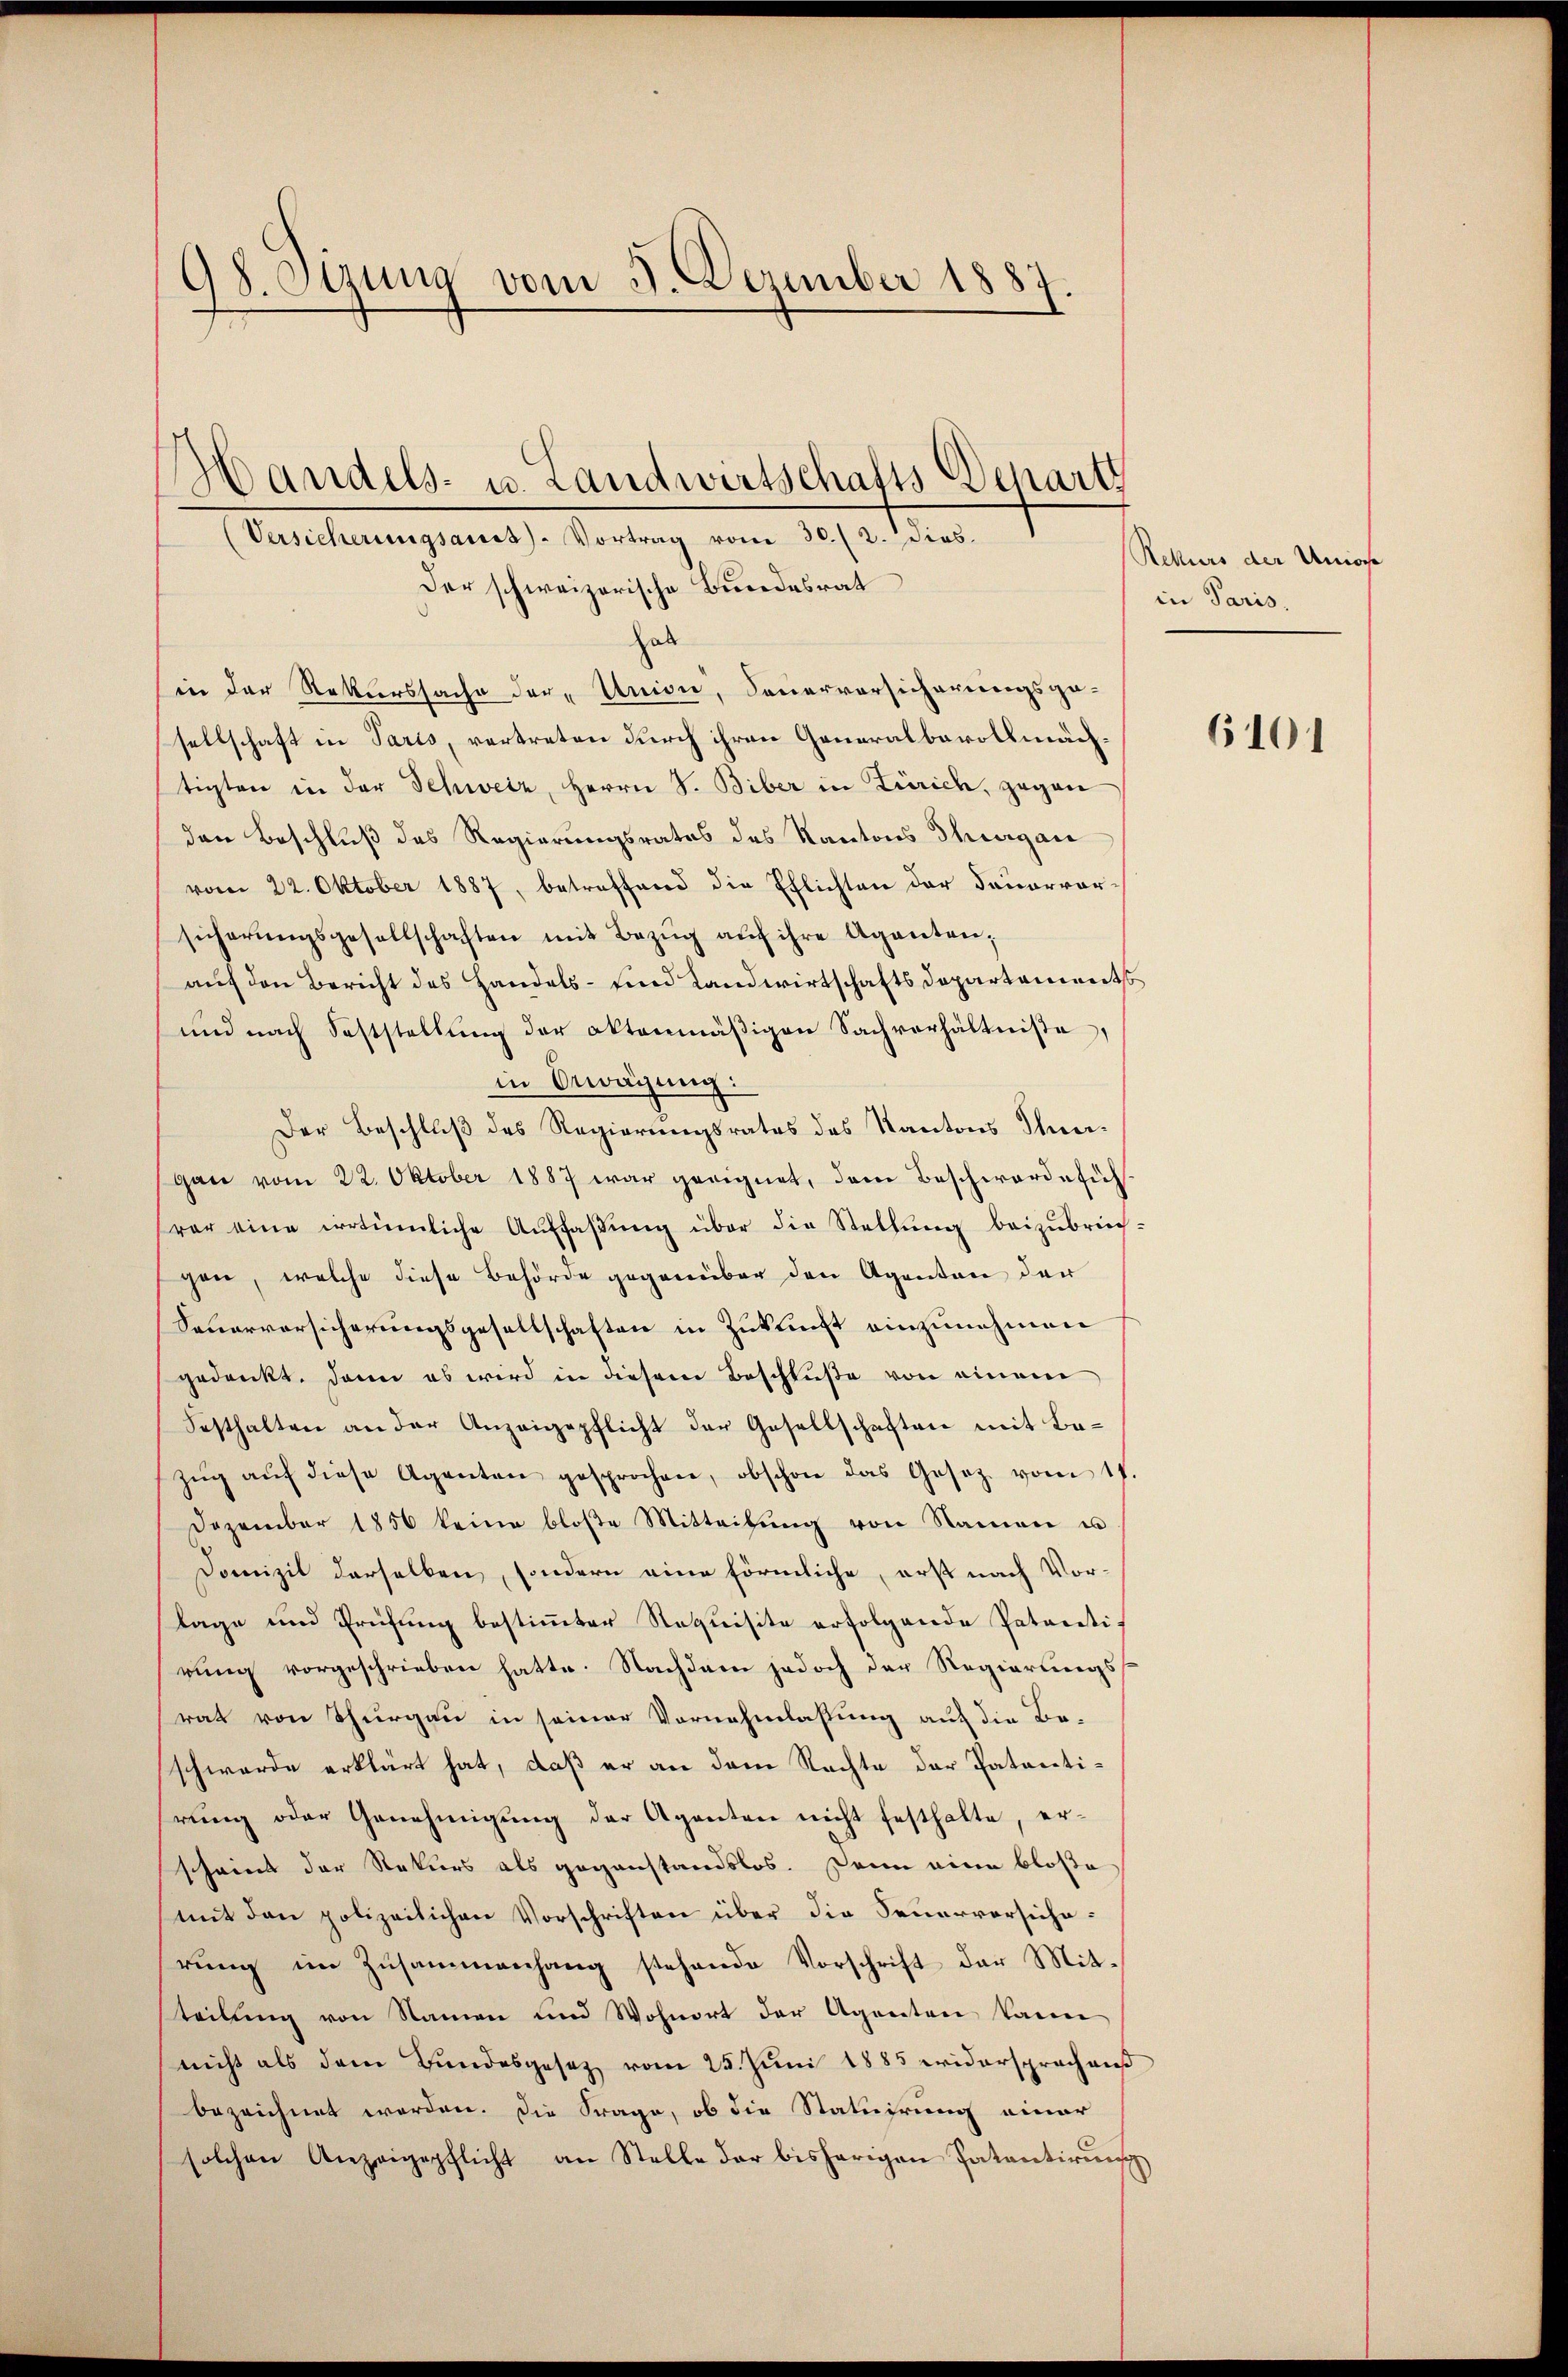
98. Ocung vom 5. Dezember 1887.

Der schweizerische Bundesrat
hab
in der Rekurssache der „Union, Feuervorsicherungsgesellschaft in Paris, vertreten durch ihren Generalbevollmächtigten in der Schweiz, Herrn S. Biber in Zürich, gegen
den Beschluß des Regierungsrates des Kantons Thurgau
vom 22. Oktober 1887, betreffend die Pflichten der Dauervor-
sicherŭngsgesellschaften mit Bezŭg aŭf ihre Agenten;
auf den Bericht des Handels- und Landwirtschafts Departements
und nach Feststellung der aktenmäßigen Sachverhältnisse,
in Bewägung:
Der Beschluß des Regierungsrates des Kantons Thurgane vom 22. Oktober 1887 war geeignet, dem Beschwerdefühvar eine irrtümliche Aŭffaβŭng über die Stellŭng beizŭbrich-
gen, welche diese Behörde gegenüber den Agenten der
Feuerversicherungsgesellschaften in Zukunft einzunehmen
gedankt. Dann es wird in diesem Beschluße von einem
Sesthalten an der Anzeigepflicht der Gesellschaften mit Bezŭg aŭf diese Agenten gesprochen, obschon das Gesetz vom 17.
Dezember 1856 keine bloβe Mitteilŭng von Namen u
Domizil derselben, sondern eine förmliche, erst nach Vorlage und Prüfung bestimmter Requisite erfolgende Patentirung vorgeschrieben hatte. Nachdem jedoch der Regierungsrat von Thurgau in seiner Vornahmlassung auf die Beschwerde erklärt hat, daß er an dem Nachte der Patentirung oder Genehmigung der Aganten nicht festhalte, erscheint der Rekurs als gegenstandslos. Dann eine bloße
mit den polizeilichen Vorschriften über die Feuerversicherŭng im Zusammenhang stehende Vorschrift der Mit-
teilung von Namen und Wohnort der Agenten kann
nicht als dem Bundesgesetz vom 25. Juni 1885 widersprach auß
bezeichnet werden. Die Frage, ob die Statuirung einer
solchen Anzeigepflicht an Stelle der bisherigen Patentirun

Handels- u. Landwirtschafts Depart
(Versicherungsares Vortrag vom 30. (2. Dies

Rekurs der Union
in Paris,

6101